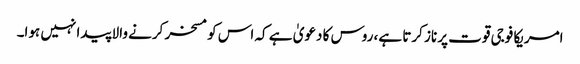
امریکا فوجی قوت پر ناز کرتا ہے، روس کا دعویٰ ہے کہ اس کو مسخر کرنے والا پیدا نہیں ہوا۔